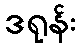
ဒရုန်း